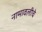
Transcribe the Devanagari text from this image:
नामावलीचे